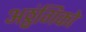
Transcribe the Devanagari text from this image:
अठ्ठ्ंगिको